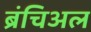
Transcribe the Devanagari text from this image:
ब्रंचिअल